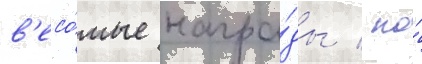
в'есо́мые награ́ды / но́